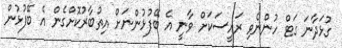
ގުޅަދާނަ ގަޓް ހުންނެވި ރައީސަކަށް ވާނީ އެ ބޭފުޅުންނަށް އިތުބާރުކޮށްގެން އެ ބޭފުޅުން